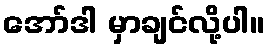
အော်ဒါ မှာချင်လို့ပါ။